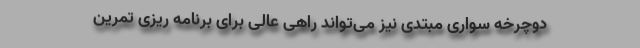
دوچرخه‌ سواری مبتدی نیز می‌تواند راهی عالی برای برنامه‌ ریزی تمرین